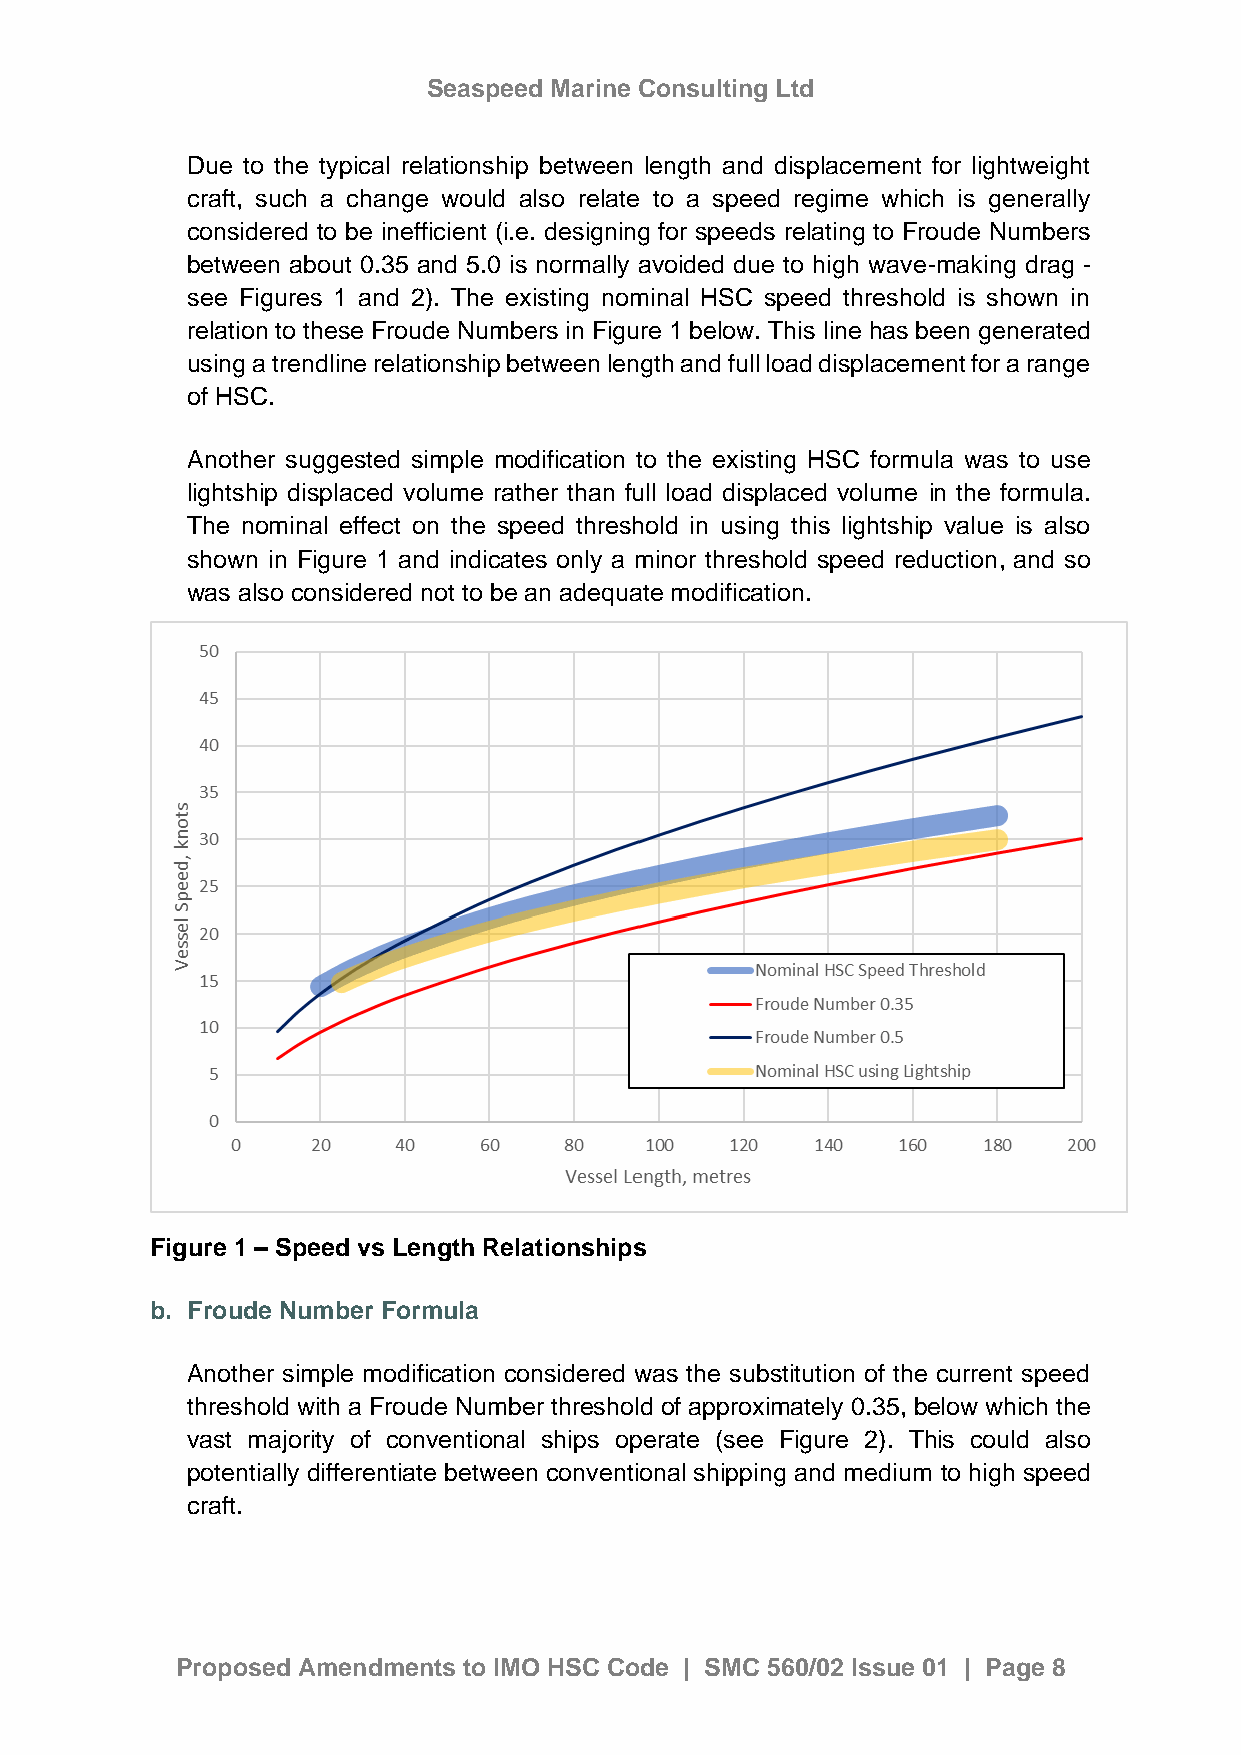
Seaspeed Marine Consulting Ltd
 Due to the typical relationship between length and displacement for lightweight
 craft, such a change would also relate to a speed regime which is generally
 considered to be inefficient (i.e. designing for speeds relating to Froude Numbers
 between about 0.35 and 5.0 is normally avoided due to high wave-making drag -
 see Figures 1 and 2). The existing nominal HSC speed threshold is shown in
 relation to these Froude Numbers in Figure 1 below. This line has been generated
 using a trendline relationship between length and full load displacement for a range
 of HSC.
 Another suggested simple modification to the existing HSC formula was to use
 lightship displaced volume rather than full load displaced volume in the formula.
 The nominal effect on the speed threshold in using this lightship value is also
 shown in Figure 1 and indicates only a minor threshold speed reduction, and so
 was also considered not to be an adequate modification.
 Figure 1 – Speed vs Length Relationships
 b. Froude Number Formula
 Another simple modification considered was the substitution of the current speed
 threshold with a Froude Number threshold of approximately 0.35, below which the
 vast majority of conventional ships operate (see Figure 2). This could also
 potentially differentiate between conventional shipping and medium to high speed
 craft.
 Proposed Amendments to IMO HSC Code | SMC 560/02 Issue 01 | Page 8